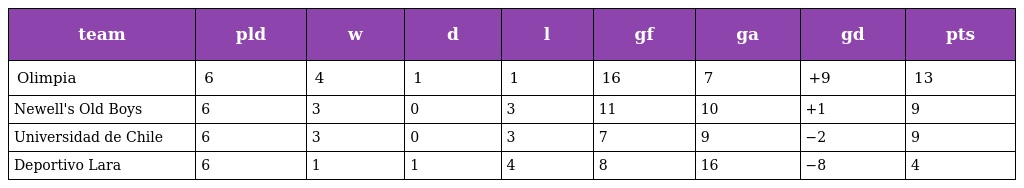
| team | pld | w | d | l | gf | ga | gd | pts |
 | --- | --- | --- | --- | --- | --- | --- | --- | --- |
 | Olimpia | 6 | 4 | 1 | 1 | 16 | 7 | +9 | 13 |
 | Newell's Old Boys | 6 | 3 | 0 | 3 | 11 | 10 | +1 | 9 |
 | Universidad de Chile | 6 | 3 | 0 | 3 | 7 | 9 | −2 | 9 |
 | Deportivo Lara | 6 | 1 | 1 | 4 | 8 | 16 | −8 | 4 |